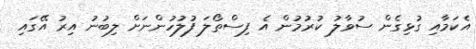
އެކަމާއި ގުޅިގެން ސުވާލު ކުރުމުން އެ ފިސްތޯލަ ފުލުހުންނަށް ލިބުނު އިރު އޭގައި